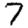
Digit: 7